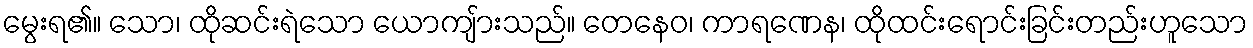
မွေးရ၏။ သော၊ ထိုဆင်းရဲသော ယောကျ်ားသည်။ တေနေဝ၊ ကာရဏေန၊ ထိုထင်းရောင်းခြင်းတည်းဟူသော